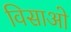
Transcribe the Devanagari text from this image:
विसाओ